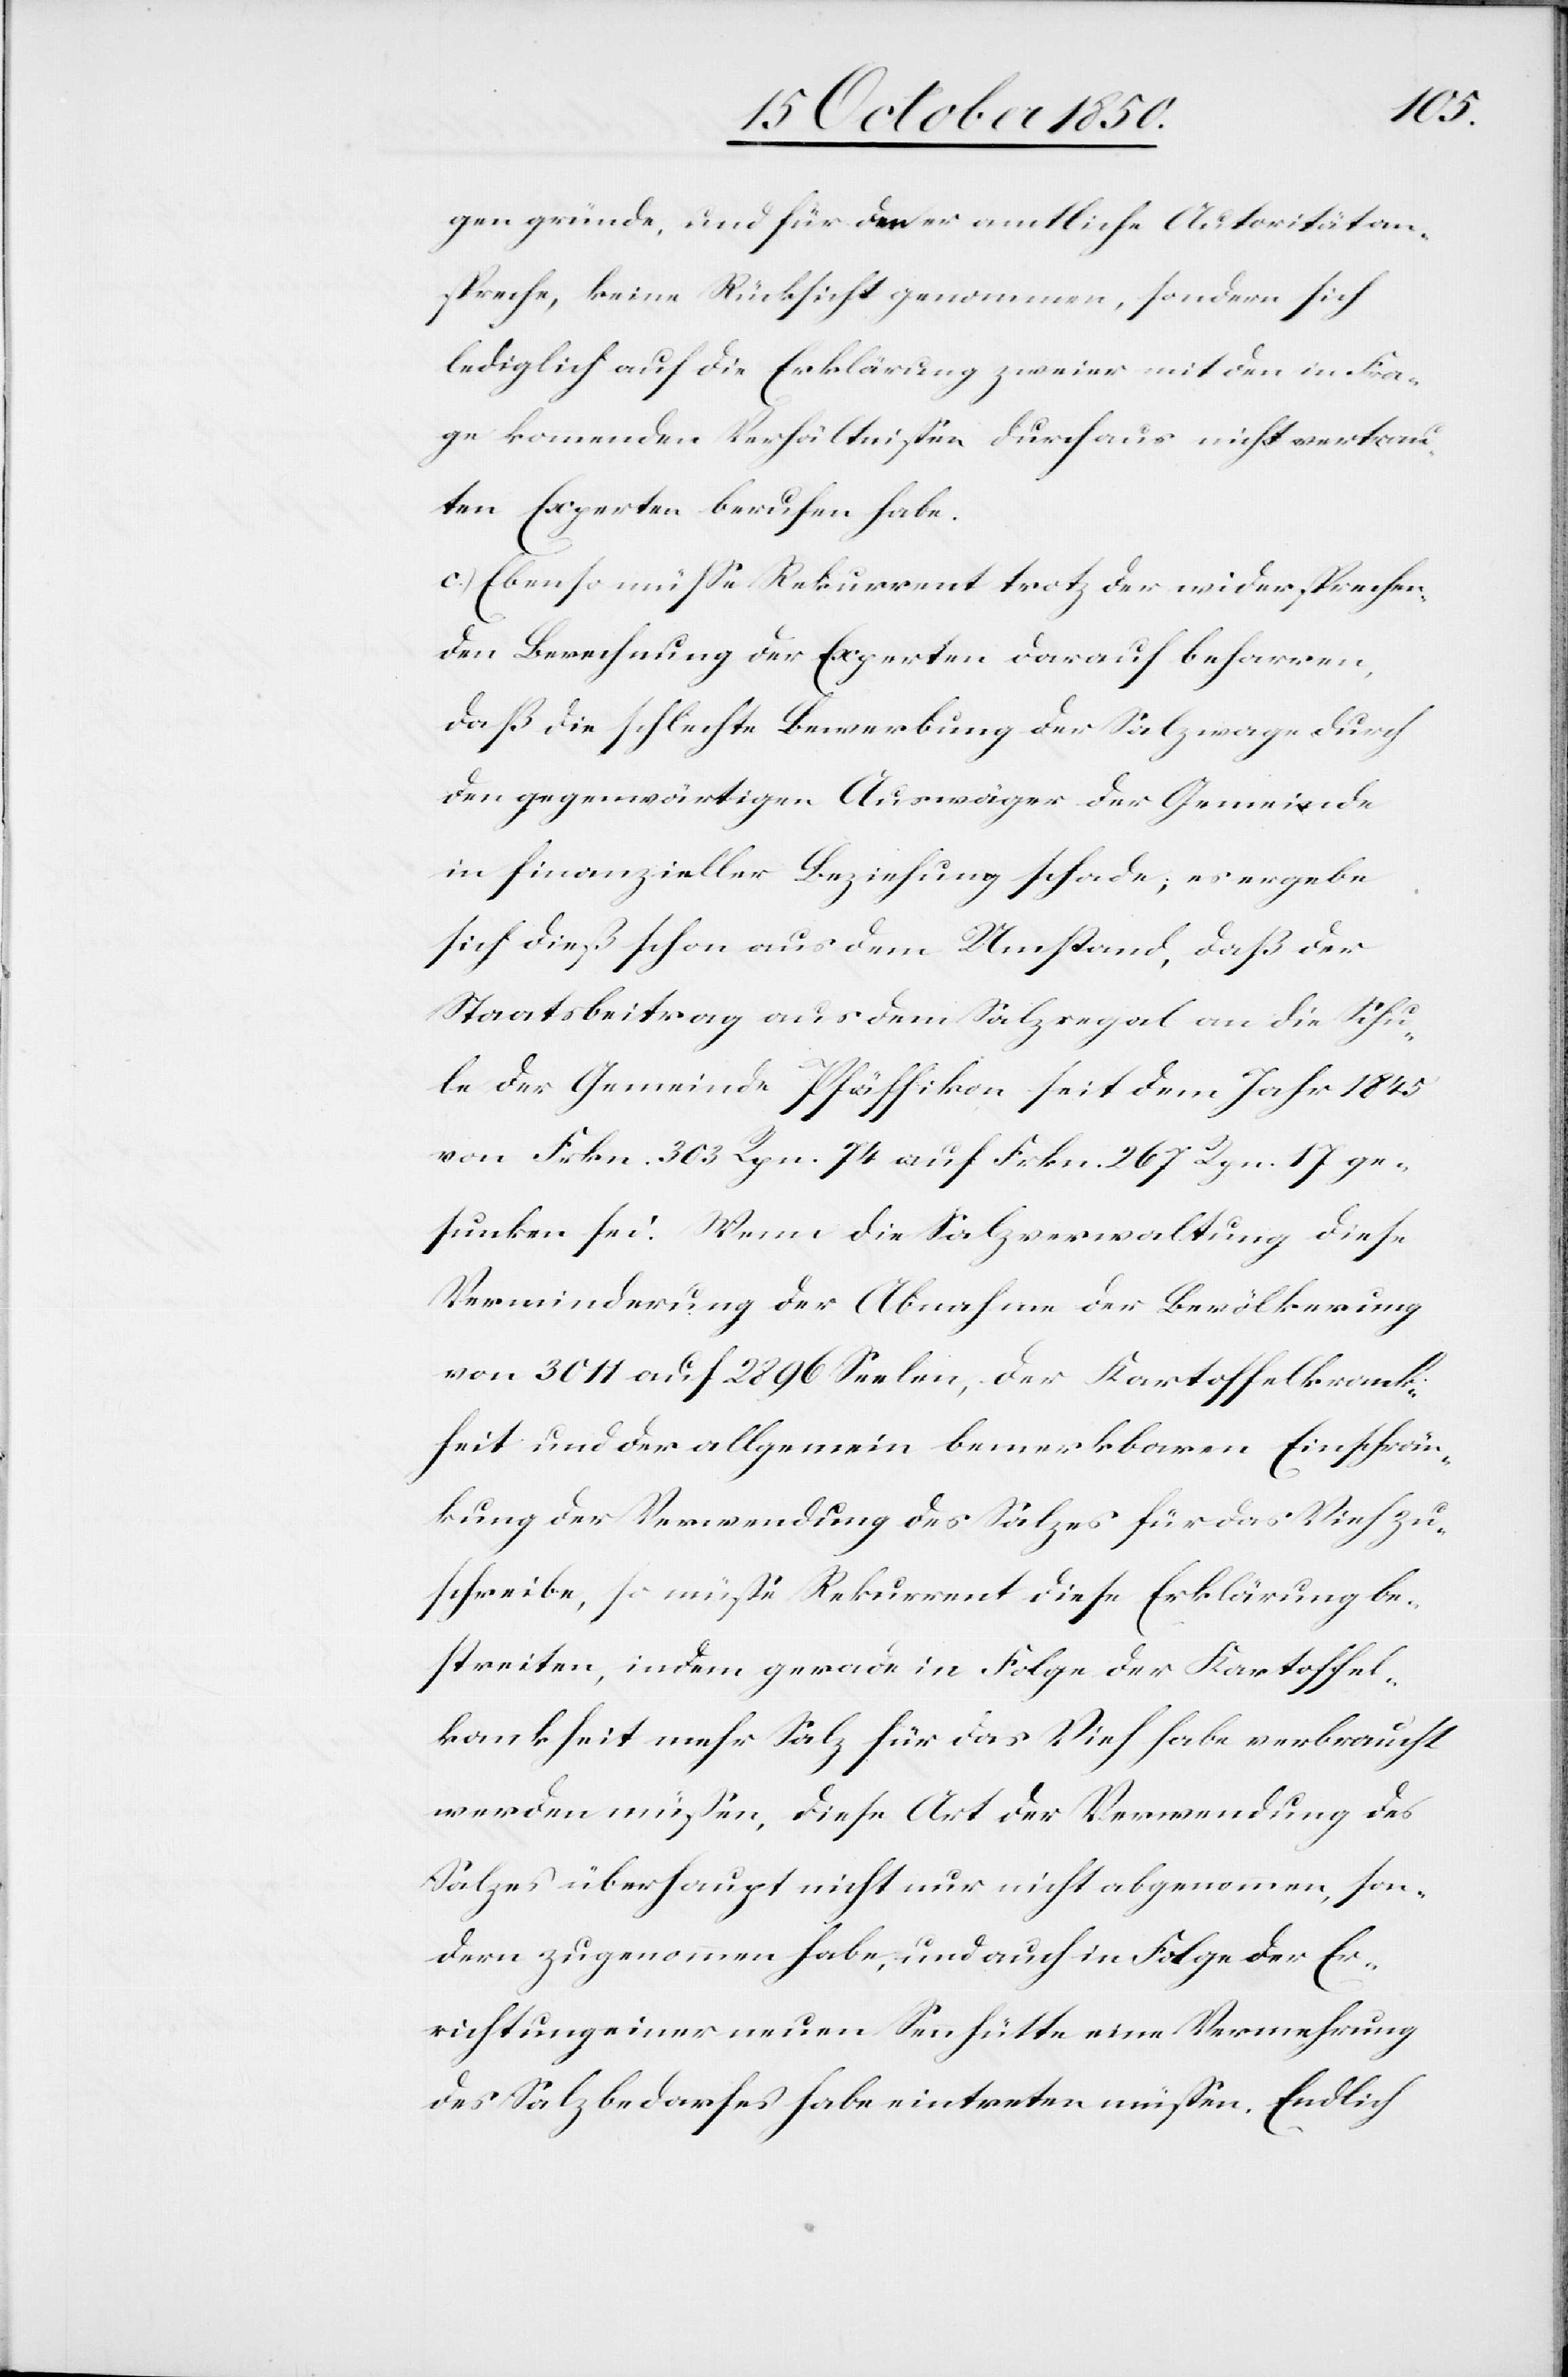
gen gründe, und für den er amtliche Autorität an¬
spreche, keine Rücksicht genommen, sondern sich
lediglich auf die Erklärung zweier mit den in Fra¬
ge kommenden Verhältnissen durchaus nicht vertrau¬
ten Experten berufen habe.
c.) Ebenso müsse Rekurrent trotz der widersprechen¬
den Berechnung der Experten darauf beharren,
daß die schlechte Bewerbung der Salzwage durch
den gegenwärtigen Auswäger der Gemeinde
in finanzieller Beziehung schade; daß der
Staatsbeitrag aus dem Salzregal an die Schu¬
le der Gemeinde Pfäffikon seit dem Jahr 1845
von Frkn. 363 Rpn. 74 auf Frkn. 267 Rpn. 17 ge¬
sunken sei. Wenn die Salzverwaltung diese
Verminderung der Abnahme der Bevölkerung
von 3011 auf 2896 Seelen, der Kartoffelkrank¬
heit und der allgemein bemerkbaren Einschrän¬
kung der Verwendung des Salzes für das Vieh zu¬
schreibe, so müsse Rekurrent diese Erklärung be¬
streiten, indem gerade in Folge der Kartoffel¬
krankheit mehr Salz für das Vieh habe verbraucht
werden müssen, diese Art der Verwendung des
Salzes überhaupt nicht nur nicht abgenommen, son¬
dern zugenommen habe, und auch in Folge der Er¬
richtung einer neuen Sennhütte eine Vermehrung
des Salzbedarfes habe eintreten müssen. Endlich